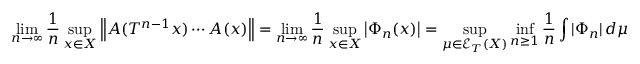
\operatorname* { l i m } _ { n \to \infty } \frac { 1 } { n } \operatorname* { s u p } _ { x \in X } \left\| A ( T ^ { n - 1 } x ) \cdots A ( x ) \right\| = \operatorname* { l i m } _ { n \to \infty } \frac { 1 } { n } \operatorname* { s u p } _ { x \in X } \left| \Phi _ { n } ( x ) \right| = \operatorname* { s u p } _ { \mu \in \mathcal { E } _ { T } ( X ) } \operatorname* { i n f } _ { n \geq 1 } \frac { 1 } { n } \int | \Phi _ { n } | \, d \mu